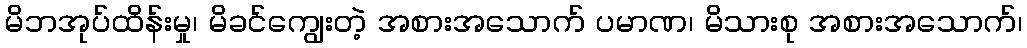
မိဘအုပ်ထိန်းမှု၊ မိခင်ကျွေးတဲ့ အစားအသောက် ပမာဏ၊ မိသားစု အစားအသောက်၊